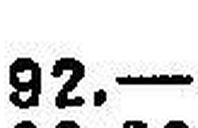
82.—